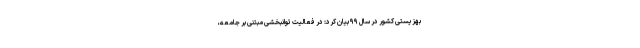
بهزیستی کشور در سال ۹۹ بیان کرد: در فعالیت توانبخشی مبتنی بر جامعه،